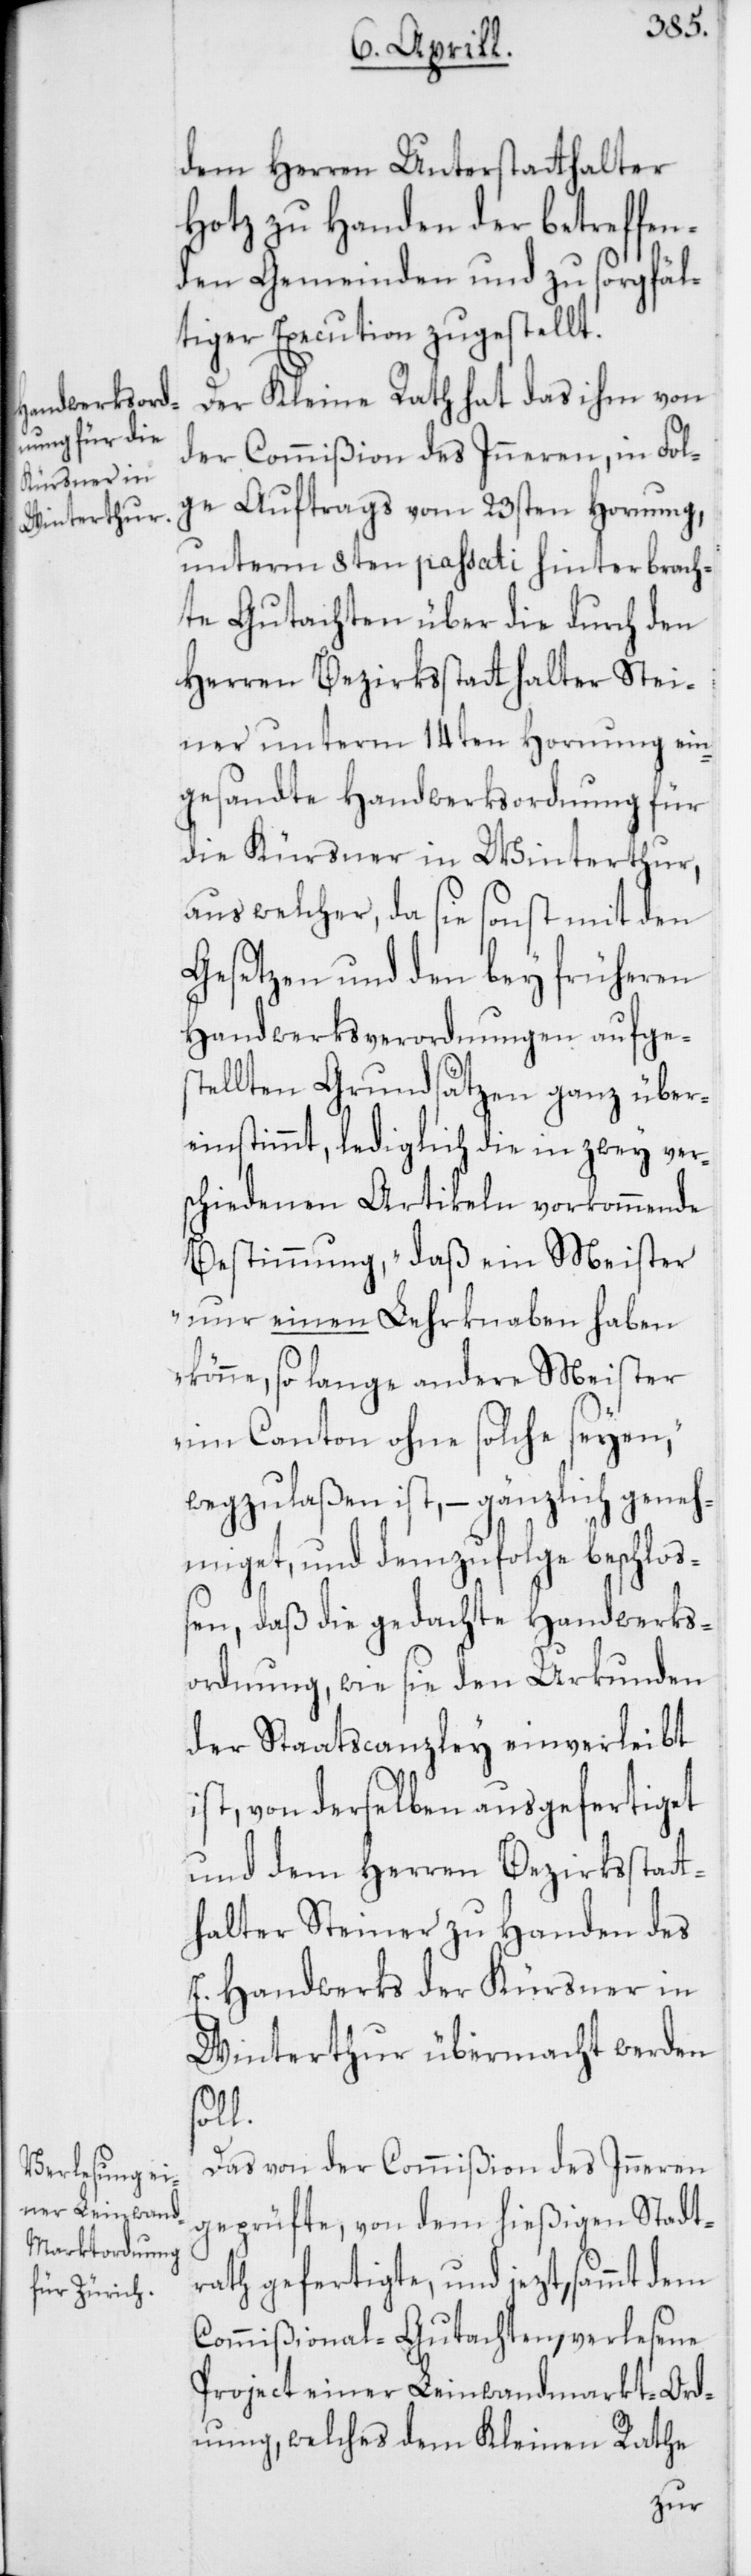
dem Herren Unterstatthalter
Hotz zu Handen der betreffen¬
den Gemeinden und zu sorgfäl¬
tiger Execution zugestellt.
Der Kleine Rath hat das ihm von
der Commißion des Inneren, in Fol¬
ge Auftrags vom 23sten Hornung,
unterm 8ten passati hinterbrach¬
ten Gutachten über die durch den
Herren Bezirksstatthalter Stei¬
ner unterm 14ten Hornung ein¬
gesandte Handwerksordnung für
die Kürsner in Winterthur,
aus welcher, da sie sonst mit den
Gesetzen und den bey früheren
Handwerksverordnungen aufge¬
stellten Grundsätzen ganz über¬
einstimmt, lediglich die in zwey vers¬
chiedenen Artikeln vorkommende
Bestimmung, „daß ein Meister
nur einen Lehrknaben haben
könne, so lange andere Meister
im Canton ohne solche seyen,“
wegzulaßen ist, – gänzlich geneh¬
miget, und demzufolge beschloß¬
en, daß die gedachte Handwerks¬
ordnung, wie sie den Urkunden
der Staatscanzley einverleibt
ist, von derselben ausgefertiget
und dem Herren Bezirksstatt¬
halter Steiner zu Handen des
E. Handwerks der Kürsner in
Winterthur übermacht werden
soll.
Das von der Commißion des Inneren
geprüfte, von dem hießigen Stadt¬
rath gefertigte, und jetzt, sammt dem
Commißional-Gutachten, verlesene
Project einer Leinwandmarkt-Ord¬
nung, welches dem Kleinen Rathe